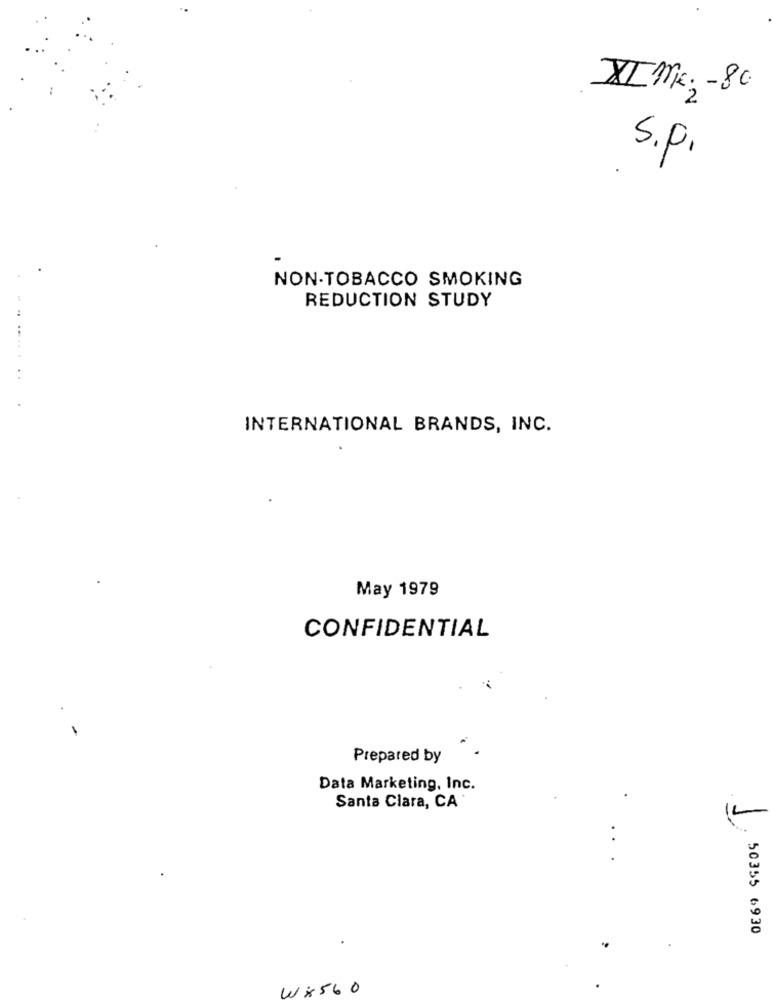
XIME: - 80
s.p.
NON-TOBACCO SMOKING
REDUCTION STUDY
INTERNATIONAL BRANDS, INC.
May 1979
CONFIDENTIAL
-
Prepared by
Data Marketing, Inc.
Santa Clara, CA
50355 6930
Wx 560